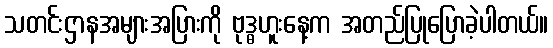
သတင်းဌာနအများအပြားကို ဗုဒ္ဓဟူးနေ့က အတည်ပြုပြောခဲ့ပါတယ်။